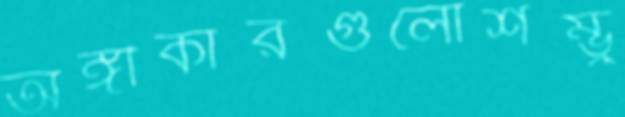
অঙ্গীকারগুলোশম্ভু